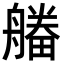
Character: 𤳔